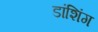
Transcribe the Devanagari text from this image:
डांशिंग